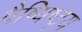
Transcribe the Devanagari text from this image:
वैष्यिष्ट्य